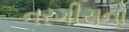
નરગીસનો